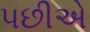
પછીએ